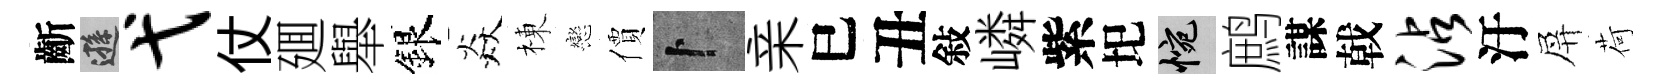
齗遜弋仗廽舉銀焱棟戀價卜亲巳丑敍嶙紫圯惋鹧謀戟沾汙屏荷